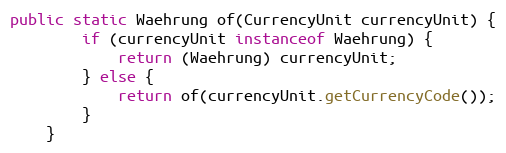
Language: Java
public static Waehrung of(CurrencyUnit currencyUnit) {
        if (currencyUnit instanceof Waehrung) {
            return (Waehrung) currencyUnit;
        } else {
            return of(currencyUnit.getCurrencyCode());
        }
    }